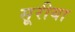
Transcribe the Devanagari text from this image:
सूरीया